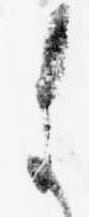
ま